Indian journal of veterinary science and animal husbandry - Volume 9,
Year: 1939
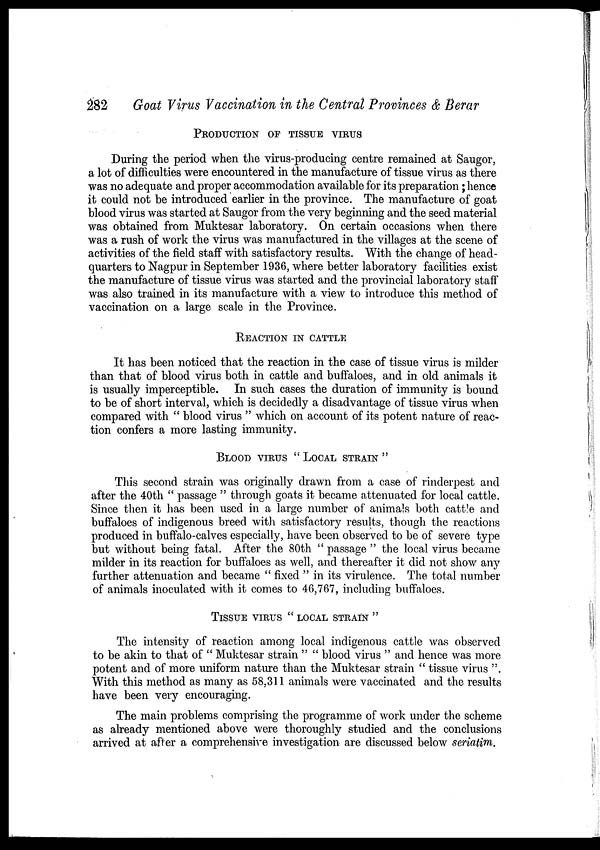
282
Goat Virus Vaccination in the Central Provinces & Berar
PRODUCTION OF TISSUE VIRUS
During the period when the virus-producing centre remained at Saugor,
a lot of difficulties were encountered in the manufacture of tissue virus as there
was no adequate and proper accommodation available for its preparation; hence
it could not be introduced earlier in the province. The manufacture of goat
blood virus was started at Saugor from the very beginning and the seed material
was obtained from Muktesar laboratory. On certain occasions when there
was a rush of work the virus was manufactured in the villages at the scene of
activities of the field staff with satisfactory results. With the change of head-
quarters to Nagpur in September 1936, where better laboratory facilities exist
the manufacture of tissue virus was started and the provincial laboratory staff
was also trained in its manufacture with a view to introduce this method of
vaccination on a large scale in the Province.
REACTION IN CATTLE
It has been noticed that the reaction in the case of tissue virus is milder
than that of blood virus both in cattle and buffaloes, and in old animals it
is usually imperceptible. In such cases the duration of immunity is bound
to be of short interval, which is decidedly a disadvantage of tissue virus when
compared with " blood virus " which on account of its potent nature of reac-
tion confers a more lasting immunity.
BLOOD VIRUS " LOCAL STRAIN "
This second strain was originally drawn from a case of rinderpest and
after the 40th " passage " through goats it became attenuated for local cattle.
Since then it has been used in a large number of animals both cattle and
buffaloes of indigenous breed with satisfactory results, though the reactions
produced in buffalo-calves especially, have been observed to be of severe type
but without being fatal. After the 80th " passage " the local virus became
milder in its reaction for buffaloes as well, and thereafter it did not show any
further attenuation and became " fixed " in its virulence. The total number
of animals inoculated with it comes to 46,767, including buffaloes.
TISSUE VIRUS " LOCAL STRAIN "
The intensity of reaction among local indigenous cattle was observed
to be akin to that of " Muktesar strain " " blood virus " and hence was more
potent and of more uniform nature than the Muktesar strain " tissue virus ".
With this method as many as 58,311 animals were vaccinated and the results
have been very encouraging.
The main problems comprising the programme of work under the scheme
as already mentioned above were thoroughly studied and the conclusions
arrived at after a comprehensive investigation are discussed below seriatim.